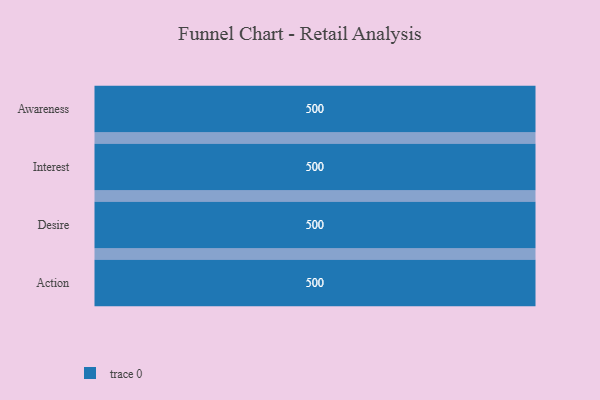
{"axis": {"x": "Stage", "y": "Value"}, "legend": [""], "data": [{"x": "Awareness", "y": 500, "type": ""}, {"x": "Interest", "y": 500, "type": ""}, {"x": "Desire", "y": 500, "type": ""}, {"x": "Action", "y": 500, "type": ""}]}